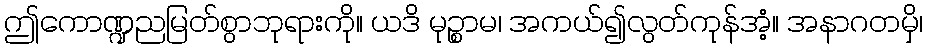
ဤကောဏ္ဍညမြတ်စွာဘုရားကို။ ယဒိ မုဉ္စာမ၊ အကယ်၍လွတ်ကုန်အံ့။ အနာဂတမှိ၊